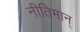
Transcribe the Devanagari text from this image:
नीतिमान्